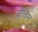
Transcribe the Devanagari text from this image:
ज़ोखिम